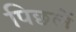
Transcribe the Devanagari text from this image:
पिछलें